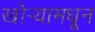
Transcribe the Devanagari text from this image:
खोर्‍यामधून